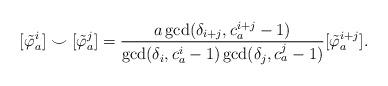
LaTeX: \begin{align*}[\tilde{\varphi}_a^i]\smile[\tilde{\varphi}_a^j] = \frac{a\gcd(\delta_{i+j},c_a^{i+j}-1)}{\gcd(\delta_i, c_a^i-1)\gcd(\delta_j,c_a^j-1)}[\tilde{\varphi}_a^{i+j}].\end{align*}